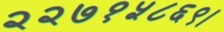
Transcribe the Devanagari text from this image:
२२७१५८६९।